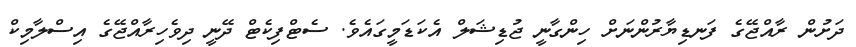
ދަށުން ރާއްޖޭގެ ފަނޑިޔާރުންނަށް ހިންގާނީ ޖުޑިޝަލް އެކަޑަމީގައެވެ. ސެޓްފިކެޓް ދޭނީ ދިވެހިރާއްޖޭގެ އިސްލާމިކް